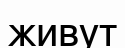
живут